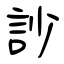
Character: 訬